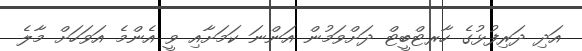
އަދި ދަރިފުޅުގެ ހާރޓްބީޓް ދަށްވަމުން އަންނަ ކަމަށާއި ވީ އެންމެ އަވަހަށް މާލެ